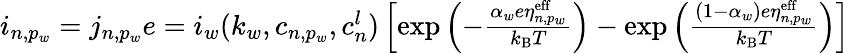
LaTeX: \begin{array}{r}{i_{n,p_{w}}=j_{n,p_{w}}e=i_{w}(k_{w},c_{n,p_{w}},c_{n}^{l})\left[\mathrm{exp}\left(-\frac{\alpha_{w}e\eta_{n,p_{w}}^{\mathrm{eff}}}{k_{\mathrm{B}}T}\right)-\mathrm{exp}\left(\frac{(1-\alpha_{w})e\eta_{n,p_{w}}^{\mathrm{eff}}}{k_{\mathrm{B}}T}\right)\right]}\end{array}